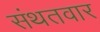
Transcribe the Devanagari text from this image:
संथतवार